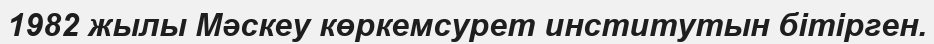
1982 жылы Мәскеу көркемсурет институтын бітірген.